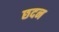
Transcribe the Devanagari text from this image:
छदन